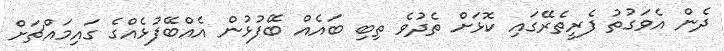
ދެން އެވަގުތު ފެރީތެރޭގައި ކޮޅަށް ތެދުވެ ތިބި ބައެއް ބޭފުޅުން އެއްބޭފުޅެއްގެ ގައިމައްޗަށް